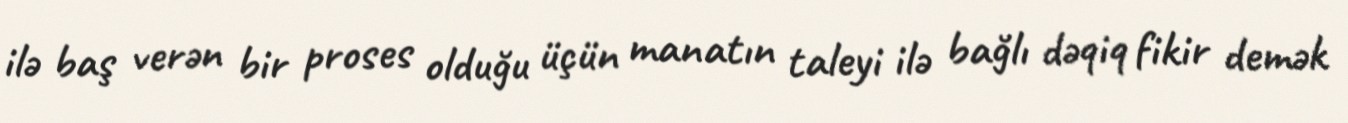
ilə baş verən bir proses olduğu üçün manatın taleyi ilə bağlı dəqiq fikir demək